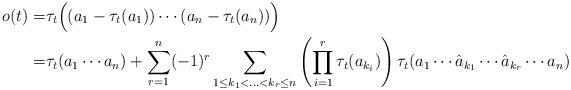
LaTeX: \begin{align*}o(t)=&\tau_t\Big((a_1-\tau_t(a_1))\cdots (a_n-\tau_t(a_n))\Big)\\=&\tau_t(a_1\cdots a_n) +\sum_{r=1}^n (-1)^r \sum_{1\leq k_1<\ldots<k_r\leq n} \left(\prod_{i=1}^{r} \tau_t(a_{k_i}) \right)\tau_t(a_1\cdots \hat{a}_{k_1}\cdots \hat{a}_{k_r} \cdots a_n)\end{align*}